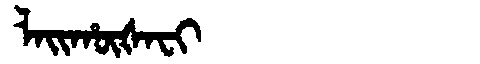
Manchu: ᠯᠠᡳᡥᡡᡧᠠᠸᡳ
Romanization: LAIHŪŠAFI